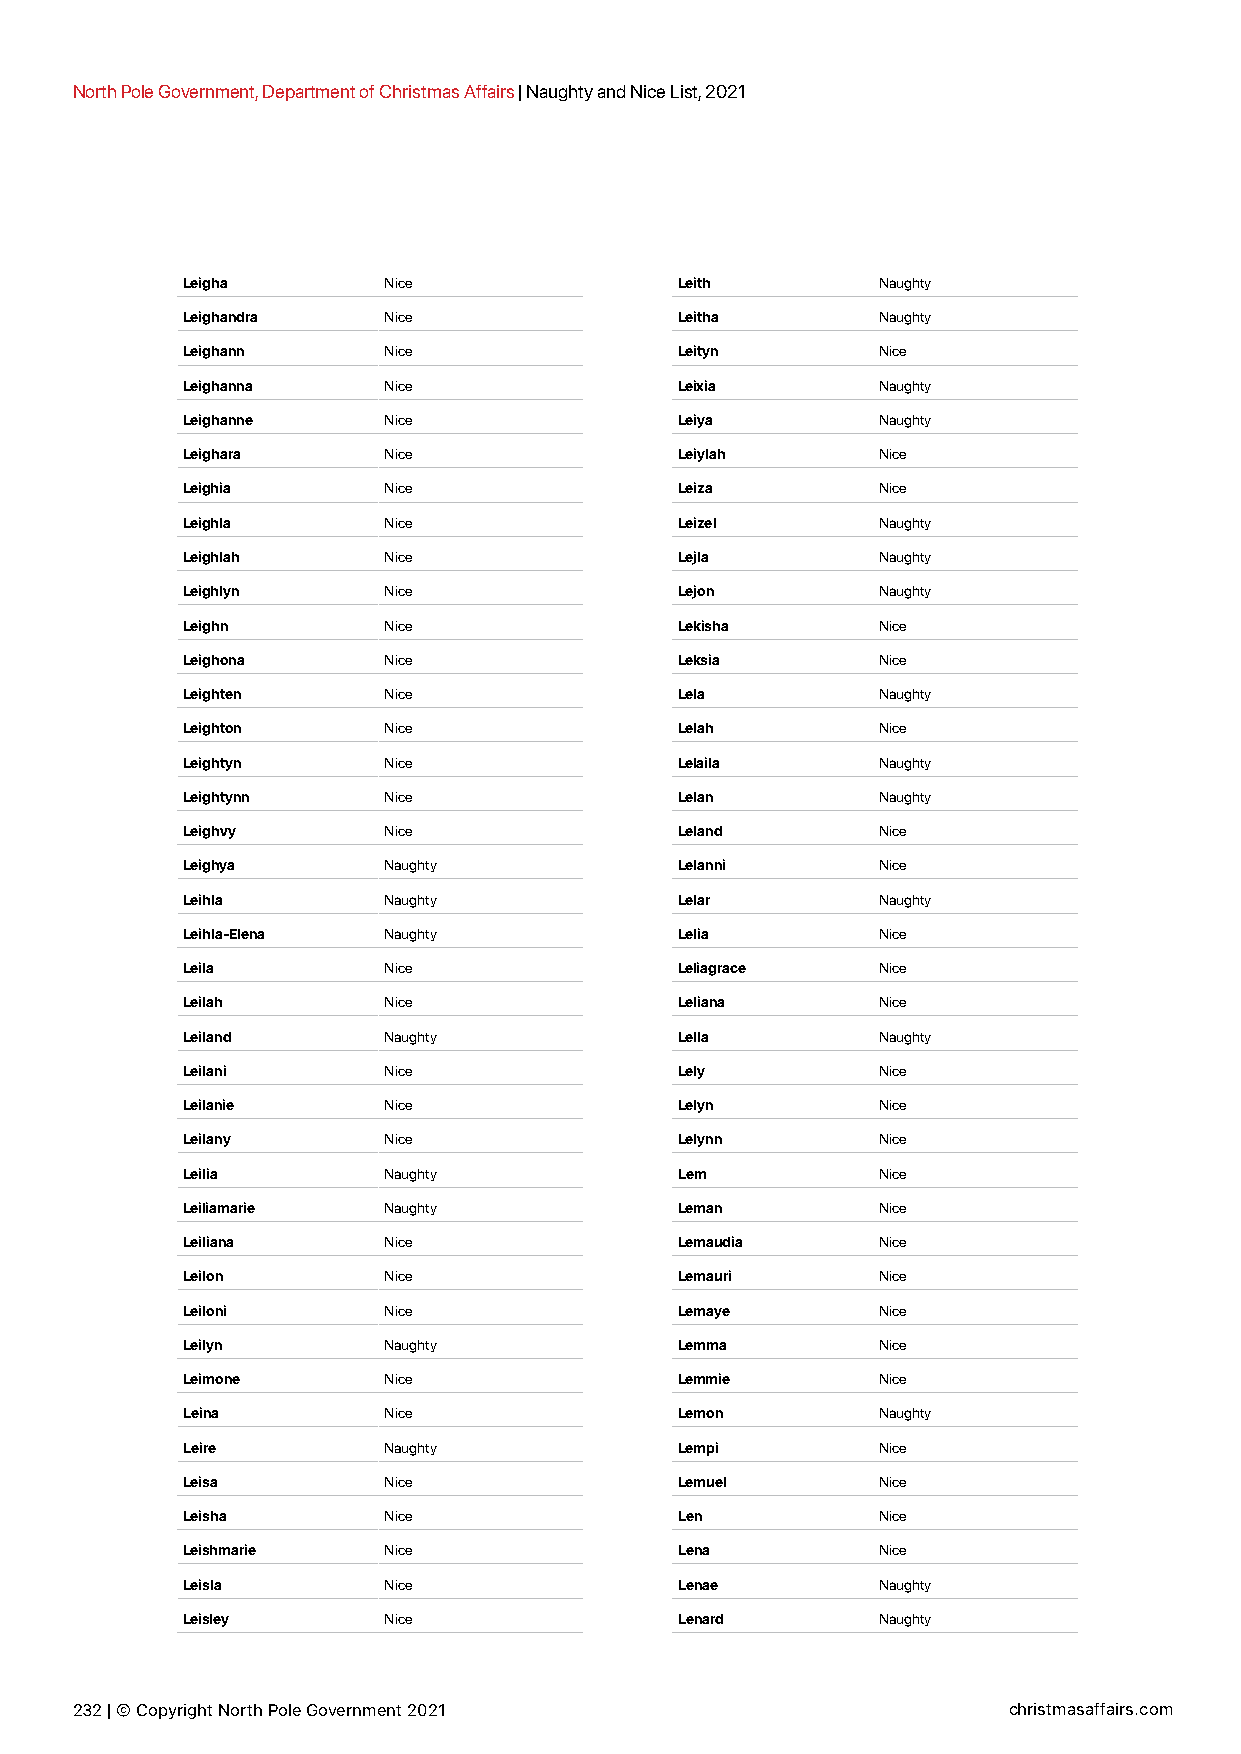
North Pole Government, Department of Christmas Affairs | Naughty and Nice List, 2021
 Leigha       Nice                Leith        Naughty
 Leighandra   Nice                Leitha       Naughty
 Leighann     Nice                Leityn       Nice
 Leighanna    Nice                Leixia       Naughty
 Leighanne    Nice                Leiya        Naughty
 Leighara     Nice                Leiylah      Nice
 Leighia      Nice                Leiza        Nice
 Leighla      Nice                Leizel       Naughty
 Leighlah     Nice                Lejla        Naughty
 Leighlyn     Nice                Lejon        Naughty
 Leighn       Nice                Lekisha      Nice
 Leighona     Nice                Leksia       Nice
 Leighten     Nice                Lela         Naughty
 Leighton     Nice                Lelah        Nice
 Leightyn     Nice                Lelaila      Naughty
 Leightynn    Nice                Lelan        Naughty
 Leighvy      Nice                Leland       Nice
 Leighya      Naughty             Lelanni      Nice
 Leihla       Naughty             Lelar        Naughty
 Leihla-Elena Naughty             Lelia        Nice
 Leila        Nice                Leliagrace   Nice
 Leilah       Nice                Leliana      Nice
 Leiland      Naughty             Lella        Naughty
 Leilani      Nice                Lely         Nice
 Leilanie     Nice                Lelyn        Nice
 Leilany      Nice                Lelynn       Nice
 Leilia       Naughty             Lem          Nice
 Leiliamarie  Naughty             Leman        Nice
 Leiliana     Nice                Lemaudia     Nice
 Leilon       Nice                Lemauri      Nice
 Leiloni      Nice                Lemaye       Nice
 Leilyn       Naughty             Lemma        Nice
 Leimone      Nice                Lemmie       Nice
 Leina        Nice                Lemon        Naughty
 Leire        Naughty             Lempi        Nice
 Leisa        Nice                Lemuel       Nice
 Leisha       Nice                Len          Nice
 Leishmarie   Nice                Lena         Nice
 Leisla       Nice                Lenae        Naughty
 Leisley      Nice                Lenard       Naughty
 232 | © Copyright North Pole Government 2021                  christmasaffairs.com